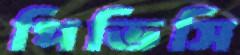
পিভিসি